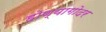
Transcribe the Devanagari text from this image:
होण्यागोदर